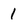
Character: 1